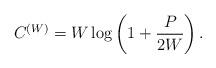
LaTeX: \begin{align*} C^{(W)}=W \log \left(1+\frac{P}{2W}\right).\end{align*}